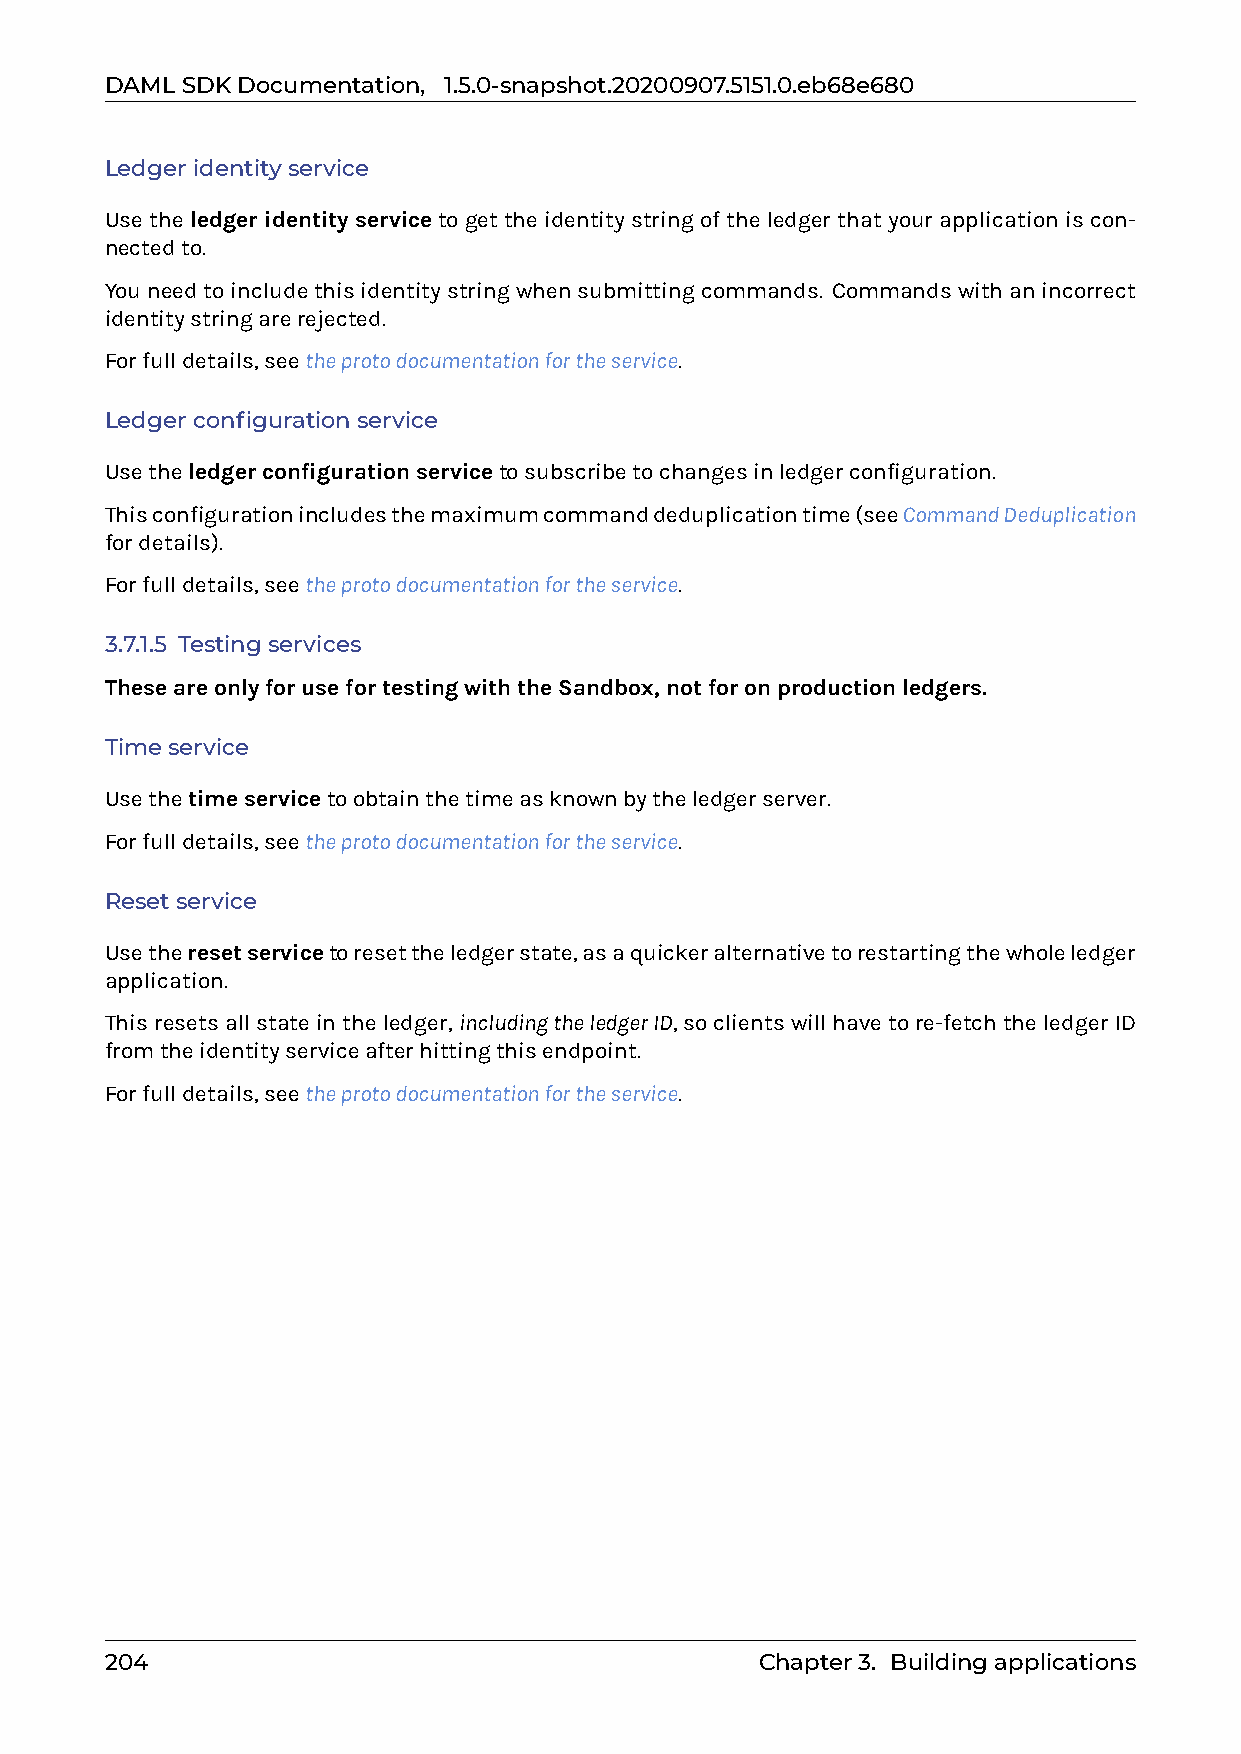
DAMLSDKDocumentation, 1.5.0-snapshot.20200907.5151.0.eb68e680
 Ledgeridentityservice
 Usetheledger identity servicetogettheidentitystringoftheledgerthatyourapplicationiscon-
 nectedto.
 Youneedtoincludethisidentitystringwhensubmittingcommands. Commandswithanincorrect
 identitystringarerejected.
 Forfulldetails,seetheprotodocumentationfortheservice.
 Ledgerconfigurationservice
 Usetheledgerconfigurationservicetosubscribetochangesinledgerconfiguration.
 Thisconfigurationincludesthemaximumcommanddeduplicationtime(seeCommandDeduplication
 fordetails).
 Forfulldetails,seetheprotodocumentationfortheservice.
 3.7.1.5 Testingservices
 TheseareonlyforusefortestingwiththeSandbox,notforonproductionledgers.
 Timeservice
 Usethetimeservicetoobtainthetimeasknownbytheledgerserver.
 Forfulldetails,seetheprotodocumentationfortheservice.
 Resetservice
 Usetheresetservicetoresettheledgerstate,asaquickeralternativetorestartingthewholeledger
 application.
 Thisresetsallstateintheledger,includingtheledgerID,soclientswillhavetore-fetchtheledgerID
 fromtheidentityserviceafterhittingthisendpoint.
 Forfulldetails,seetheprotodocumentationfortheservice.
 204                                        Chapter3. Buildingapplications